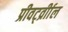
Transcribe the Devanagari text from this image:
प्रीवर्ट्व्रीाल